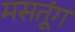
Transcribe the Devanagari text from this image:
मसतूंग